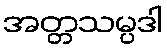
အတ္တသမ္ပဒါ